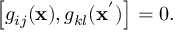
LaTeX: \left[ g _ { i j } ( { \bf x } ) , g _ { k l } ( { \bf x } ^ { ' } ) \right] = 0 .